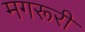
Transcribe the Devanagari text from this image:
मगरूरी